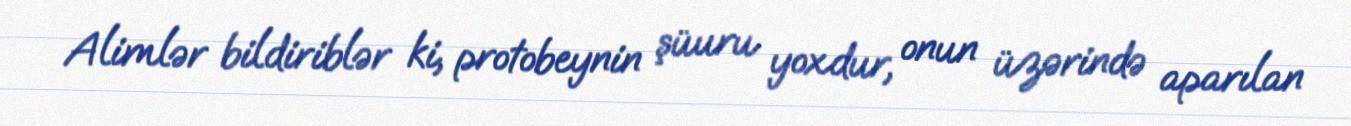
Alimlər bildiriblər ki, protobeynin şüuru yoxdur, onun üzərində aparılan